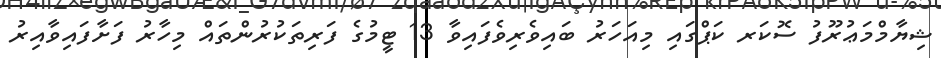
ޝިޔާމްމަޢުރޫފު ސޮކަރ ކަޕްގައި މިއަހަރު ބައިވެރިވެފައިވާ 13 ޓީމުގެ ފަރިތަކުރުންތައް މިހާރު ފަށާފައިވާއިރު